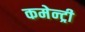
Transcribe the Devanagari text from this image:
कमेन्ट्री